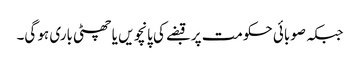
جبکہ صوبائی حکومت پر قبضے کی پانچویں یا چھٹی باری ہو گی۔